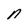
Character: n